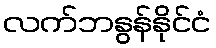
လက်ဘနွန်နိုင်ငံ